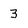
Character: 3